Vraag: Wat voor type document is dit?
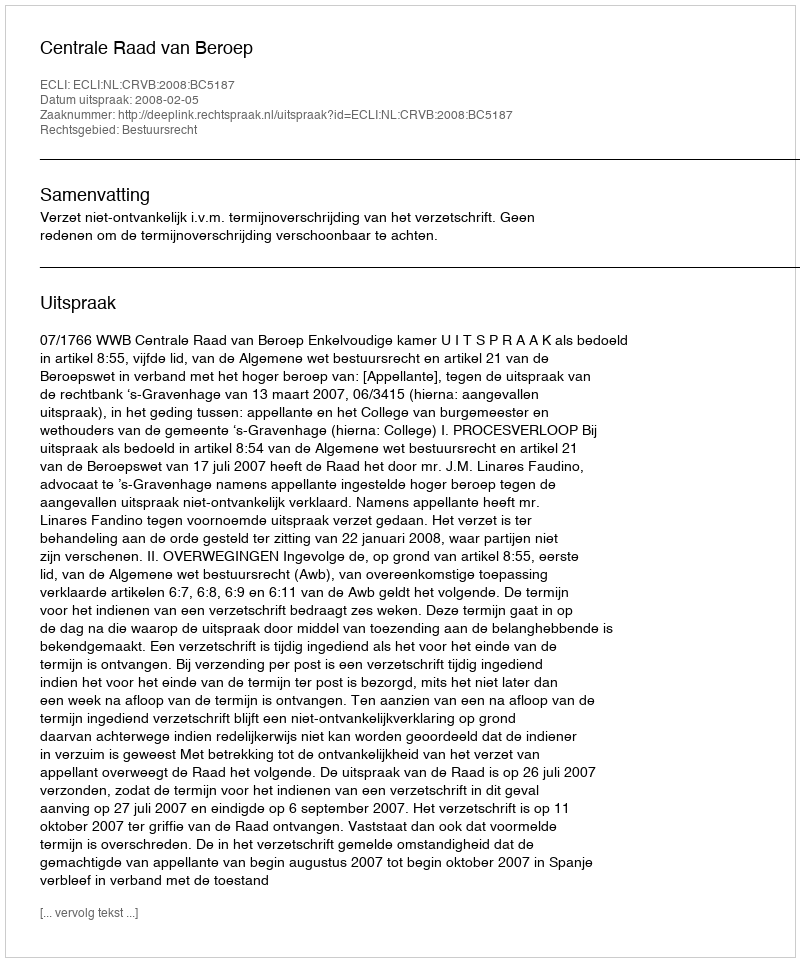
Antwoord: Uitspraak